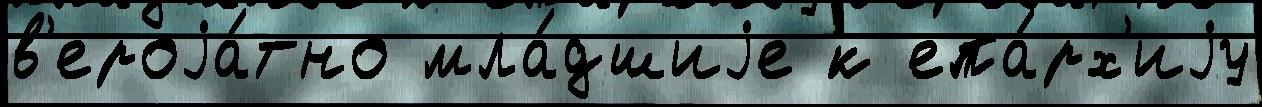
в'ероjа́тно мла́дшиjе к епа́рх'иjу